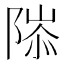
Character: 䧙